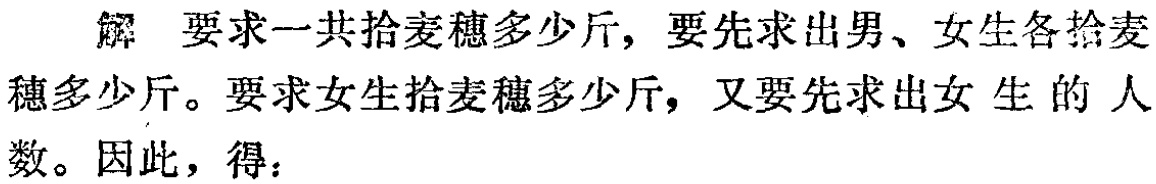
解 要求一共拾麦穗多少斤, 要先求出男、女生各拾麦穗多少斤。要求女生拾麦穗多少斤, 又要先求出女生的人数。因此，得：